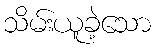
သိမ်းယူခဲ့သော